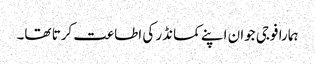
ہمارا فوجی جوان اپنے کمانڈر کی اطاعت کرتا تھا۔